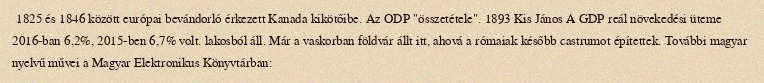
1825 és 1846 között európai bevándorló érkezett Kanada kikötőibe. Az ODP "összetétele". 1893 Kis János A GDP reál növekedési üteme 2016-ban 6,2%, 2015-ben 6,7% volt. lakosból áll. Már a vaskorban földvár állt itt, ahová a rómaiak később castrumot építettek. További magyar nyelvű művei a Magyar Elektronikus Könyvtárban: